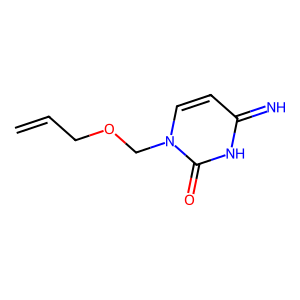
SMILES: C=CCOCn1ccc(=N)[nH]c1=O
Inhibits HIV replication: No